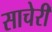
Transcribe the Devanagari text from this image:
साचेरी